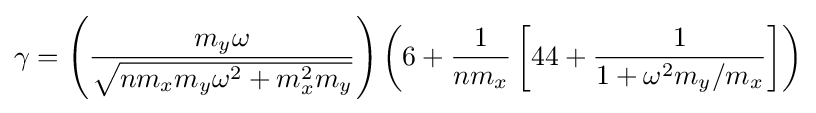
\gamma =\left({\frac {m_{y}\omega }{\sqrt {nm_{x}m_{y}\omega ^{2}+m_{x}^{2}m_{y}}}}\right)\left(6+{\frac {1}{nm_{x}}}\left[44+{\frac {1}{1+\omega ^{2}m_{y}/m_{x}}}\right]\right)